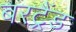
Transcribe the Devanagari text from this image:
बरट्रैंड